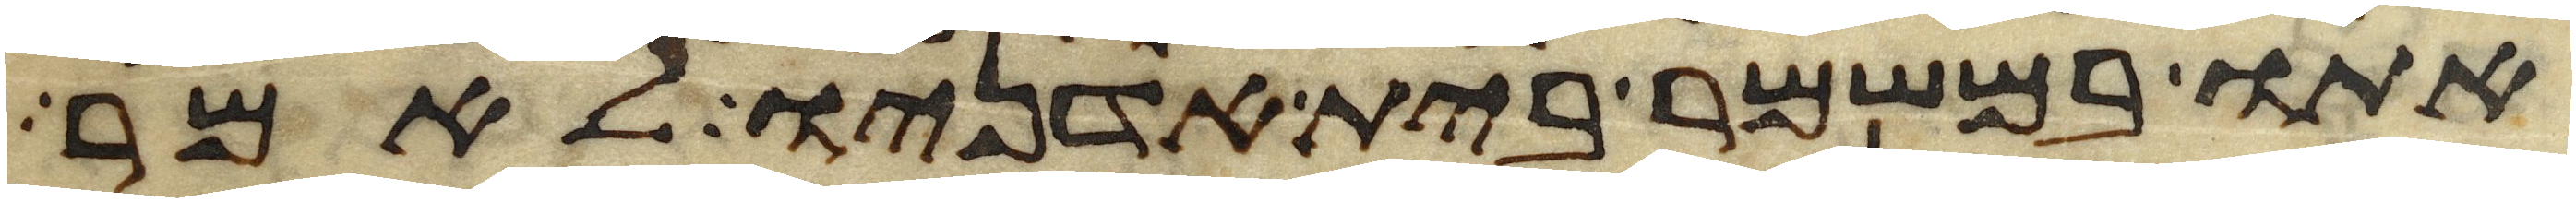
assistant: אתו במשמר בית אדניו לאמר